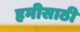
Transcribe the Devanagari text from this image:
हमीसाठी